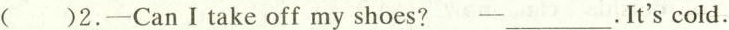
( )2.-Can I take off my shoes? -___.It's cold.